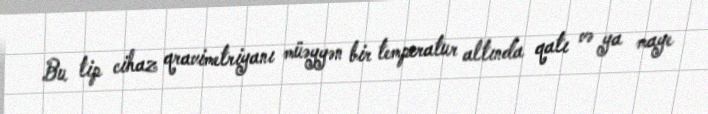
Bu tip cihaz qravimetriyanı müəyyən bir temperatur altında qatı və ya maye